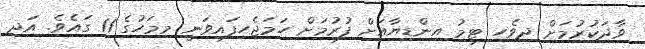
ވާދަކުރުމަށް ދިވެހި ޓީމު އިންޑިޔާއަށް ފުރުމަށް ހަމަޖެހިފައިވަނީ މިމަހުގެ 11 ގައެވެ. އަދި